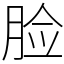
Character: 脸